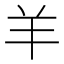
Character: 羊